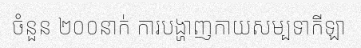
ចំនួន ២០០នាក់ ការបង្ហាញកាយសម្បទាកីឡា